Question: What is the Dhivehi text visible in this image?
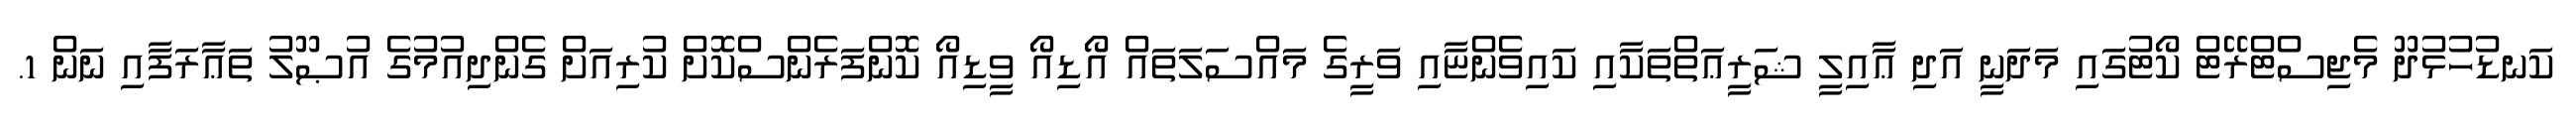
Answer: ކަނޑުހުޅުދޫ މެޖިސްޓްރޭޓް ކޯޓުގައި މަދަނީ އަދި ޢާއިލީ ޝަރީޢަތްތަކާއި ކައިވެންޏާއި ވަރީގެ މައްސަލަތައް އޯޑިއޯ ވީޑިއޯ ކޮންފަރެންސްކޮށް ކުރިއަށް ގެންދިއުމުގެ އުޞޫލު ތަޢާރަފާއި ނަން 1.